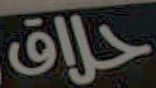
حلاق